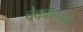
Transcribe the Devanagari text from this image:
चेकोव्हच्या